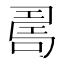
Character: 𠷎